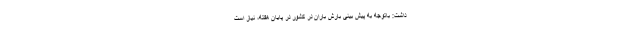
داشت: باتوجه به پیش بینی بارش باران در کشور در پایان هفته، نیاز است